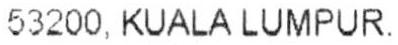
53200. KUALA LUMPUR.